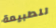
للطبيعة